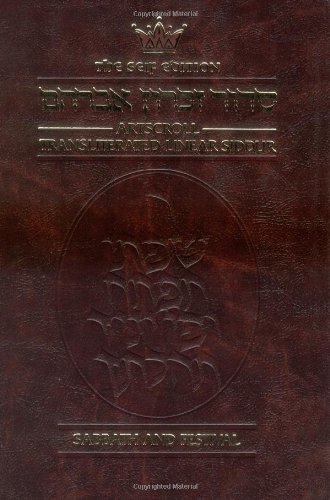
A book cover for Artscroll Transliterated Linear Siddur: Sabbath and Festival (English and Hebrew Edition); Nosson Scherman; Reference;